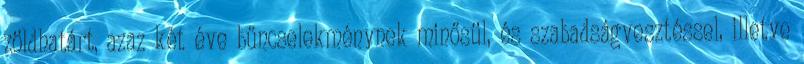
zöldhatárt, azaz két éve bűncselekménynek minősül, és szabadságvesztéssel, illetve